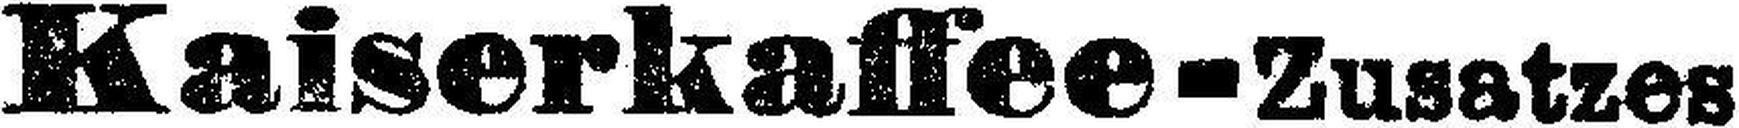
Kaiserkaffee - Zusatzes